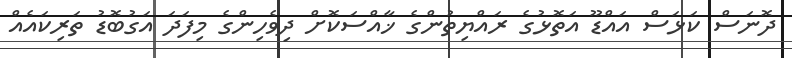
ދޮނަސް ކަޅަސް އައްޑޫ އަތޮޅުގެ ރައްޔިތުންގެ ޚާއްސަކޮށް ދިވެހިންގެ މިފަދަ އަގުބޮޑު ތަރިކައެއް